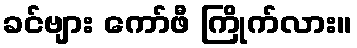
ခင်ဗျား ကော်ဖီ ကြိုက်လား။